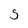
Character: s